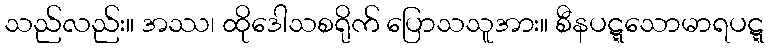
သည်လည်း။ အဿ၊ ထိုဒေါသစရိုက် ပြောသသူအား။ စီနပဋ္ဋသောမာရပဋ္ဋ